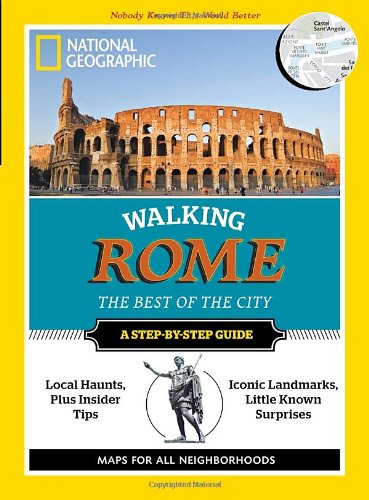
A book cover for Walking Rome; National Geographic; Sports & Outdoors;